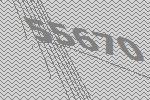
55670